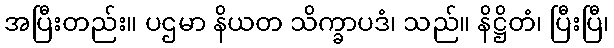
အပြီးတည်း။ ပဌမာ နိယတ သိက္ခာပဒံ၊ သည်။ နိဋ္ဌိတံ၊ ပြီးပြီ၊